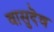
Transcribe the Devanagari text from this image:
वासुदॆव